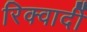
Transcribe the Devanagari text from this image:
रिक्वार्दी